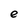
Character: e